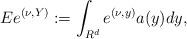
LaTeX: \begin{align*}Ee^{(\nu,Y)}:=\int_{R^d}e^{(\nu,y)}a(y)dy,\end{align*}